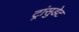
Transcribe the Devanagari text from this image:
ट्रांसुडेट